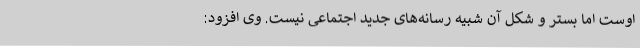
اوست اما بستر و شکل آن شبیه رسانه‌های جدید اجتماعی نیست. وی افزود: